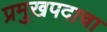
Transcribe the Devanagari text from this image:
प्रमुखपदाचा